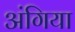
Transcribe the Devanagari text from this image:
अंगिया